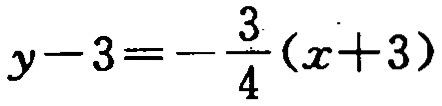
\(y - 3 = -\frac{3}{4}(x + 3)\)